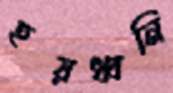
হয়ধ্বনি